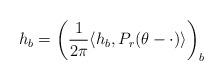
LaTeX: \begin{align*}h_b = \left(\frac{1}{2\pi}\langle h_b, P_r(\theta - \cdot) \rangle\right)_b\end{align*}